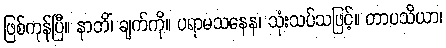
ဖြစ်ကုန်ပြီ။ နာဘိံ၊ ချက်ကို။ ပရာမသနေန၊ သုံးသပ်သဖြင့်။ တာပသိယာ၊